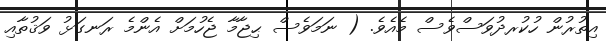
އިތުރުން ހުކުރދުވަސްވެސް މެއެވެ. ( ނަމަވެސް ޙިޖާމާ ޖެހުމަށް އެންމެ ރަނގަޅު ވަޤުތާއި